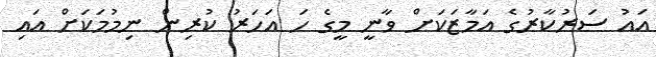
އައު ސަރުކާރުގެ އަމާޒަކަށް ވާނީ މީގެ ހަ އަހަރު ކުރިން ނިމުމަކަށް އައި